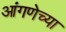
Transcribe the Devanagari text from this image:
आंगणेच्या